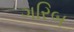
ગરિબ